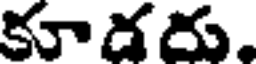
కూడదు,